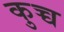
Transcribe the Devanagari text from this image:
कुच्च